Plague in India, 1896, 1897 - Volume 1
Year: 1896
Disease focus: Plague
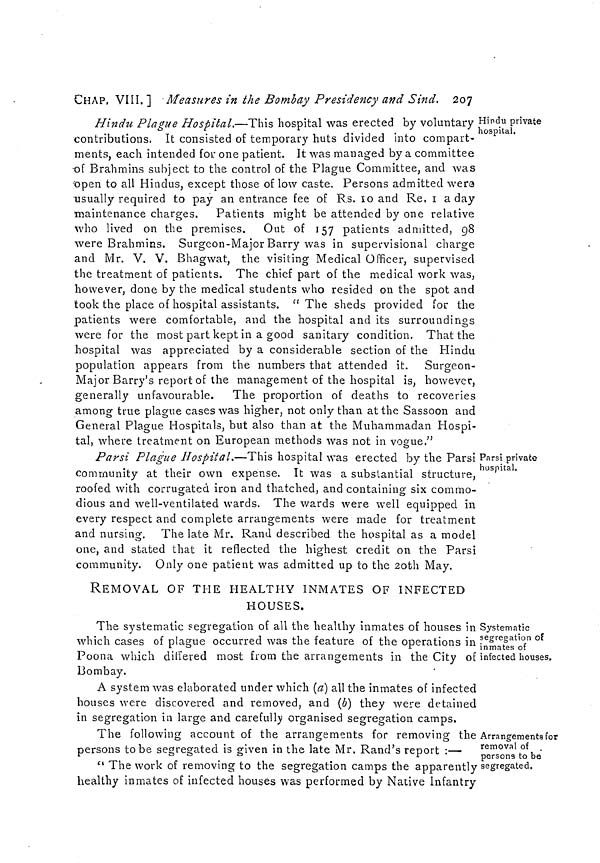
CHAP, VIII.] Measures in the Bombay Presidency and Sind, 207
Hindu private
hospital.
Hindu Plague Hospital.—This hospital was erected by voluntary .
contributions. It consisted of temporary huts divided into compart-
ments, each intended for one patient. It was managed by a committee
•of Brahmins subject to the control of the Plague Committee, and was
open to all Hindus, except those of low caste. Persons admitted were
usually required to pay an entrance fee of Rs. 10 and Re, 1 a day
maintenance charges. Patients might be attended by one relative
who lived on the premises.
Out of 157 patients admitted, 98
were Brahmins. Surgeon-Major Barry was in supervisional charge
and Mr. V. V. Bhagwat, the visiting Medical Officer, supervised
the treatment of patients. The chief part of the medical work was,
however, done by the medical students who resided on the spot and
took the place of hospital assistants. " The sheds provided for the
patients were comfortable, and the hospital and its surroundings
were for the most part kept in a good sanitary condition. That the
hospital was appreciated by a considerable section of the Hindu
population appears from the numbers that attended it. Surgeon-
Major Barry's report of the management of the hospital is, however,
generally unfavourable. The proportion of deaths to recoveries
among true plague cases was higher, not only than at the Sassoon and
General Plague Hospitals, but also than at the Muhammadan Hospi-
tal, where treatment on European methods was not in vogue."
Parsi private
hospital.
Parsi Plague Hospital.—This hospital was erected by the Parsi
community at their own expense. It was a substantial structure,
roofed with corrugated iron and thatched, and containing six commo-
dious and well-ventilated wards. The wards were well equipped in
every respect and complete arrangements were made for treatment
and nursing. The late Mr. Rand described the hospital as a model
one, and stated that it reflected the highest credit on the Parsi
community. Only one patient was admitted up to the 20th May.
Systematic
segregation of
inmates of
infected houses.
REMOVAL OF THE HEALTHY INMATES OF INFECTED
HOUSES.
The systematic segregation of all the healthy inmates of houses in
which cases of plague occurred was the feature of the operations in
Poona which differed most from the arrangements in the City of
Bombay.
A system was elaborated under which (a) all the inmates of infected
houses were discovered and removed, and (b) they were detained
in segregation in large and carefully organised segregation camps.
Arrangements for
removal of
persons to be
segregated.
The following account of the arrangements for removing the
persons to be segregated is given in the late Mr. Rand's report :—
" The work of removing to the segregation camps the apparently
healthy inmates of infected houses was performed by Native Infantry